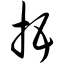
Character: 捂